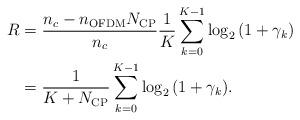
LaTeX: \begin{align*} \begin{aligned} R &= \frac{{{n_c} - {n_{\rm{OFDM}}}{N_{\rm{CP}}}}}{{{n_c}}}\frac{1}{{K}}\sum\limits_{k = 0}^{K - 1} {{{\log }_2}\left( {1 + {\gamma}_k} \right)}\\ &= \frac{1}{{K + {N_{{\rm{CP}}}}}}\sum\limits_{k = 0}^{K - 1} {{{\log }_2}\left( {1 + {\gamma _k}} \right)}. \end{aligned} \end{align*}